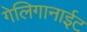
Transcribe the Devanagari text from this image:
गेलिगानाईट